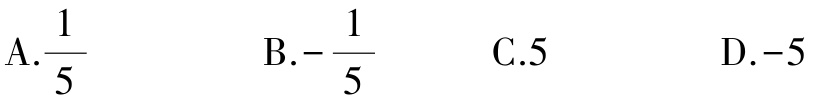
A.$\frac{1}{5}$  B.$-\frac{1}{5}$  C.$5$  D.$-5$